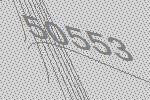
50553